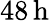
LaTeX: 48\, \mathrm{h}